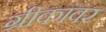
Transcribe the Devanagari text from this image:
ग्रीकांवर